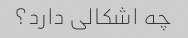
چه اشکالی دارد؟